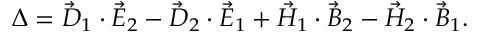
\begin{array} { r } { \Delta = \vec { D } _ { 1 } \cdot \vec { E } _ { 2 } - \vec { D } _ { 2 } \cdot \vec { E } _ { 1 } + \vec { H } _ { 1 } \cdot \vec { B } _ { 2 } - \vec { H } _ { 2 } \cdot \vec { B } _ { 1 } . } \end{array}